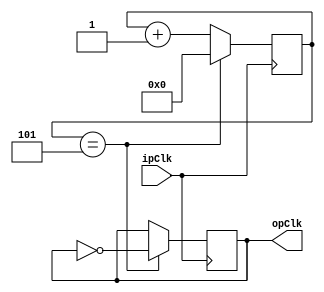
module ClockDivider#(
    parameter DIVISOR=5
	)(
	input  wire ipClk,
	output reg  opClk
);

//output reg	opClk = 0;
reg [31:0] 	clkCounter = 0;

always@(posedge ipClk) begin
	if (clkCounter == DIVISOR) begin
		opClk <= !opClk;
		clkCounter <= 0;
	end else begin
		clkCounter <= clkCounter+1;
    end
end 
endmodule